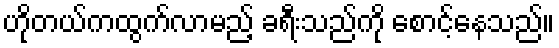
ဟိုတယ်ကထွက်လာမည့် ခရီးသည်ကို စောင့်နေသည်။